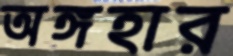
অঙ্গহার